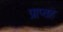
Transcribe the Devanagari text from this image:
प्राप्तह